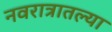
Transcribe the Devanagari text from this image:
नवरात्रातल्या